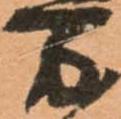
万